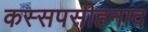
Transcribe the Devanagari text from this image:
कस्सपसीहनाद